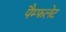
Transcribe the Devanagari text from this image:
पैम्‍फलेट